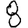
Digit: 8